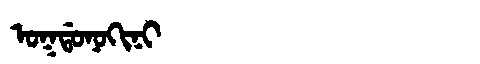
Manchu: ᠣᡴᡩᠣᠨᠣᡴᡳᠨᡳ
Romanization: OKDONOKINI